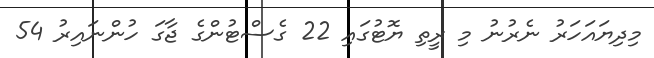
މިދިޔައަހަރު ނެރުނު މި ރީތި ޔޮޓުގައި 22 ގެސްޓުންގެ ޖާގަ ހުންނައިރު 54